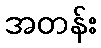
အတန်း